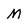
Character: m